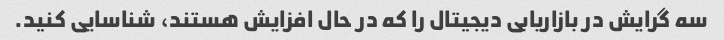
سه گرایش در بازاریابی دیجیتال را که در حال افزایش هستند، شناسایی کنید.